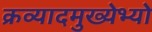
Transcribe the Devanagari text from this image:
क्रव्यादमुख्येभ्यो